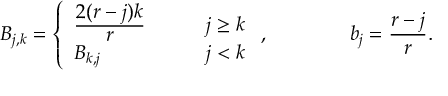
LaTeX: B _ { j , k } = \left\{ \begin{array} { l l } { { \frac { \displaystyle 2 ( r - j ) k } { \displaystyle r } \qquad } } & { { j \geq k } } \\ { { B _ { k , j } } } & { { j < k } } \end{array} \right. , \qquad \qquad b _ { j } = \frac { r - j } { r } .